Regulations for the medical services of the Army of India
Year: 1930
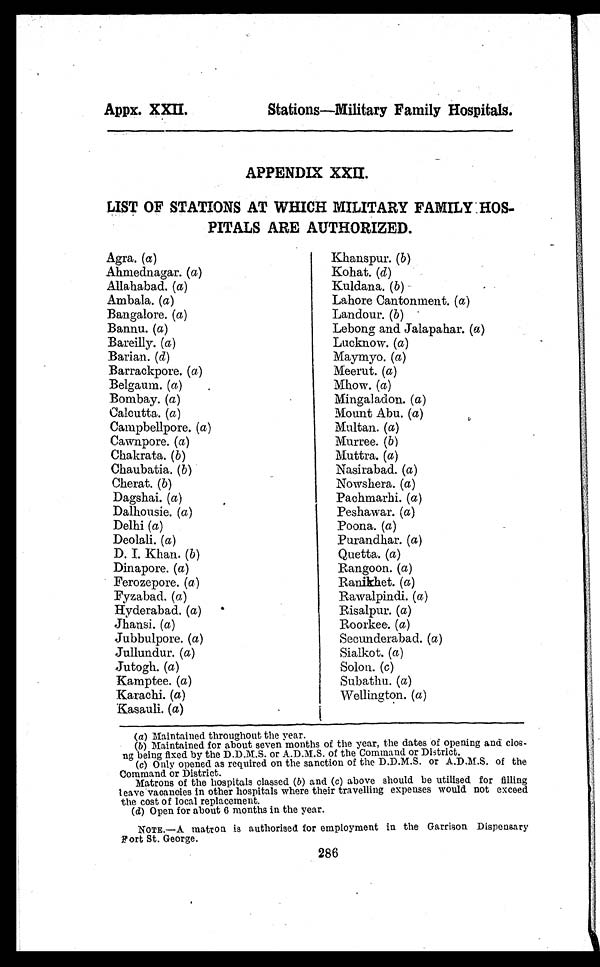
Appx. XXII.
Stations—Military Family Hospitals.
APPENDIX XXII.
LIST OF STATIONS AT WHICH MILITARY FAMILY HOS-
PITALS ARE AUTHORIZED.
Agra. (a )
Khanspur. (b)
Ahmednagar. ( a )
Kohat. (d)
Allahabad. ( a )
Kuldana. (b)
Ambala. (a )
Lahore Cantonment. ( a)
Bangalore. ( a )
Landour. (b)
Bannu. ( a)
Lebong and Jalapahar. (a )
Bareilly. (a )
Lucknow. ( a)
Barian. (d)
Maymyo. ( a )
Barrackpore. (a)
Meerut. (a )
Belgaum. (a)
Mhow. ( a)
Bombay. ( a )
Mingaladon. ( a )
Calcutta. ( a)
Mount Abu. (a)
Campbellpore. (a)
Multan. ( a)
Cawnpore. ( a)
Murree. (b)
Chakrata. (b)
Muttra. (a)
Chaubatia. ( b )
Nasirabad. ( a )
Cherat. (b)
Nowshera. (a )
Dagshai. ( a)
Pachmarhi. (a )
Dalhousie. (a)
Peshawar. ( a )
Delhi (a)
Poona. ( a )
Deolali. ( a )
Purandhar. ( a )
D. I. Khan. (b)
Quetta. (a )
Dinapore. (a)
Rangoon. (a )
Ferozepore. (a)
Ranikhet. ( a)
Fyzabad. (a )
Rawalpindi. ( a )
Hyderabad. (a)
Risalpur. ( a)
Jhansi. ( a)
Roorkee. ( a )
Jubbulpore. ( a )
Secunderabad. ( a )
Jullundur. ( a)
Sialkot. ( a )
Jutogh. ( a)
Solon. ( c )
Kamptee. (a)
Subathu. ( a )
Karachi. ( a)
Kasauli. ( a)
Wellington. (a)
( a) Maintained throughout the year.
(b) Maintained for about seven months of the year, the dates of opening and cloe-
-ng being fixed by the D.D.M.S. or A.D.M.S. of the Command or District.
(c) Only opened as required on the sanction of the D.D.M.S. or A.D.M.S. of the
Command or District.
Matrons of the hospitals classed (b) and (c) above should be utilised for filling
leave vacancies in other hospitals where their travelling expenses would not exceed
the cost of local replacement.
(d) Open for about 6 months in the year.
NOTE.—A matron is authorised for employment in the Garrison Dispensary
Fort St. George.
286